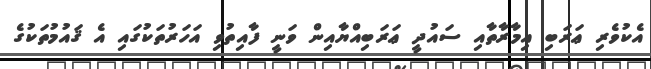
އެކުވެރި ޢަރަބި އިމާރާތާއި ސައުދީ ޢަރަބިއްޔާއިން ވަނީ ފާއިތުވި އަހަރުތަކުގައި އެ ޤައުމުތަކުގެ